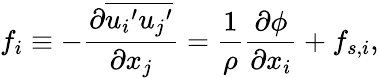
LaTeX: f_{i}\equiv-\frac{\partial\overline{{{u_{i}}^{\prime}{u_{j}}^{\prime}}}}{\partial x_{j}}=\frac{1}{\rho}\frac{\partial\phi}{\partial x_{i}}+f_{s,i},